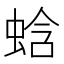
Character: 蛿